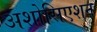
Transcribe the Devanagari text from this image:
अशोसिएशन